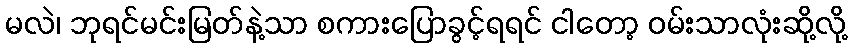
မလဲ၊ ဘုရင်မင်းမြတ်နဲ့သာ စကားပြောခွင့်ရရင် ငါတော့ ဝမ်းသာလုံးဆို့လို့